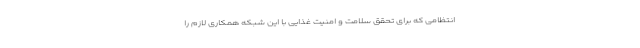
انتظامی که برای تحقق سلامت و امنیت غذایی با این شبکه همکاری لازم را